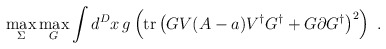
\begin{align*}\max_{\Sigma } \max_{G} \int d^D x \, g \left(\mbox{tr} \left( GV(A-a)V^{\dagger } G^{\dagger } + G\partial G^{\dagger }\right)^{2} \right) \ .\end{align*}